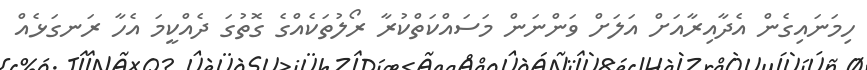
ހިމަނައިގެން އެދާއިރާއަށް އަލަށް ވަންނަން މަސައްކަތްކުރާ ރޯލުތަކެއްގެ ގޮތުގަ ދެއްކީމަ އެހާ ރަނގަޅެއް